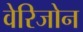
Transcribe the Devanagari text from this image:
वेरिजोन